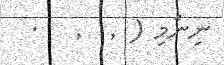
ނިންމި (